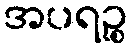
အပရဉ္စ